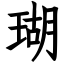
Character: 瑚